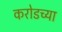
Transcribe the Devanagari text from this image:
करोडच्या